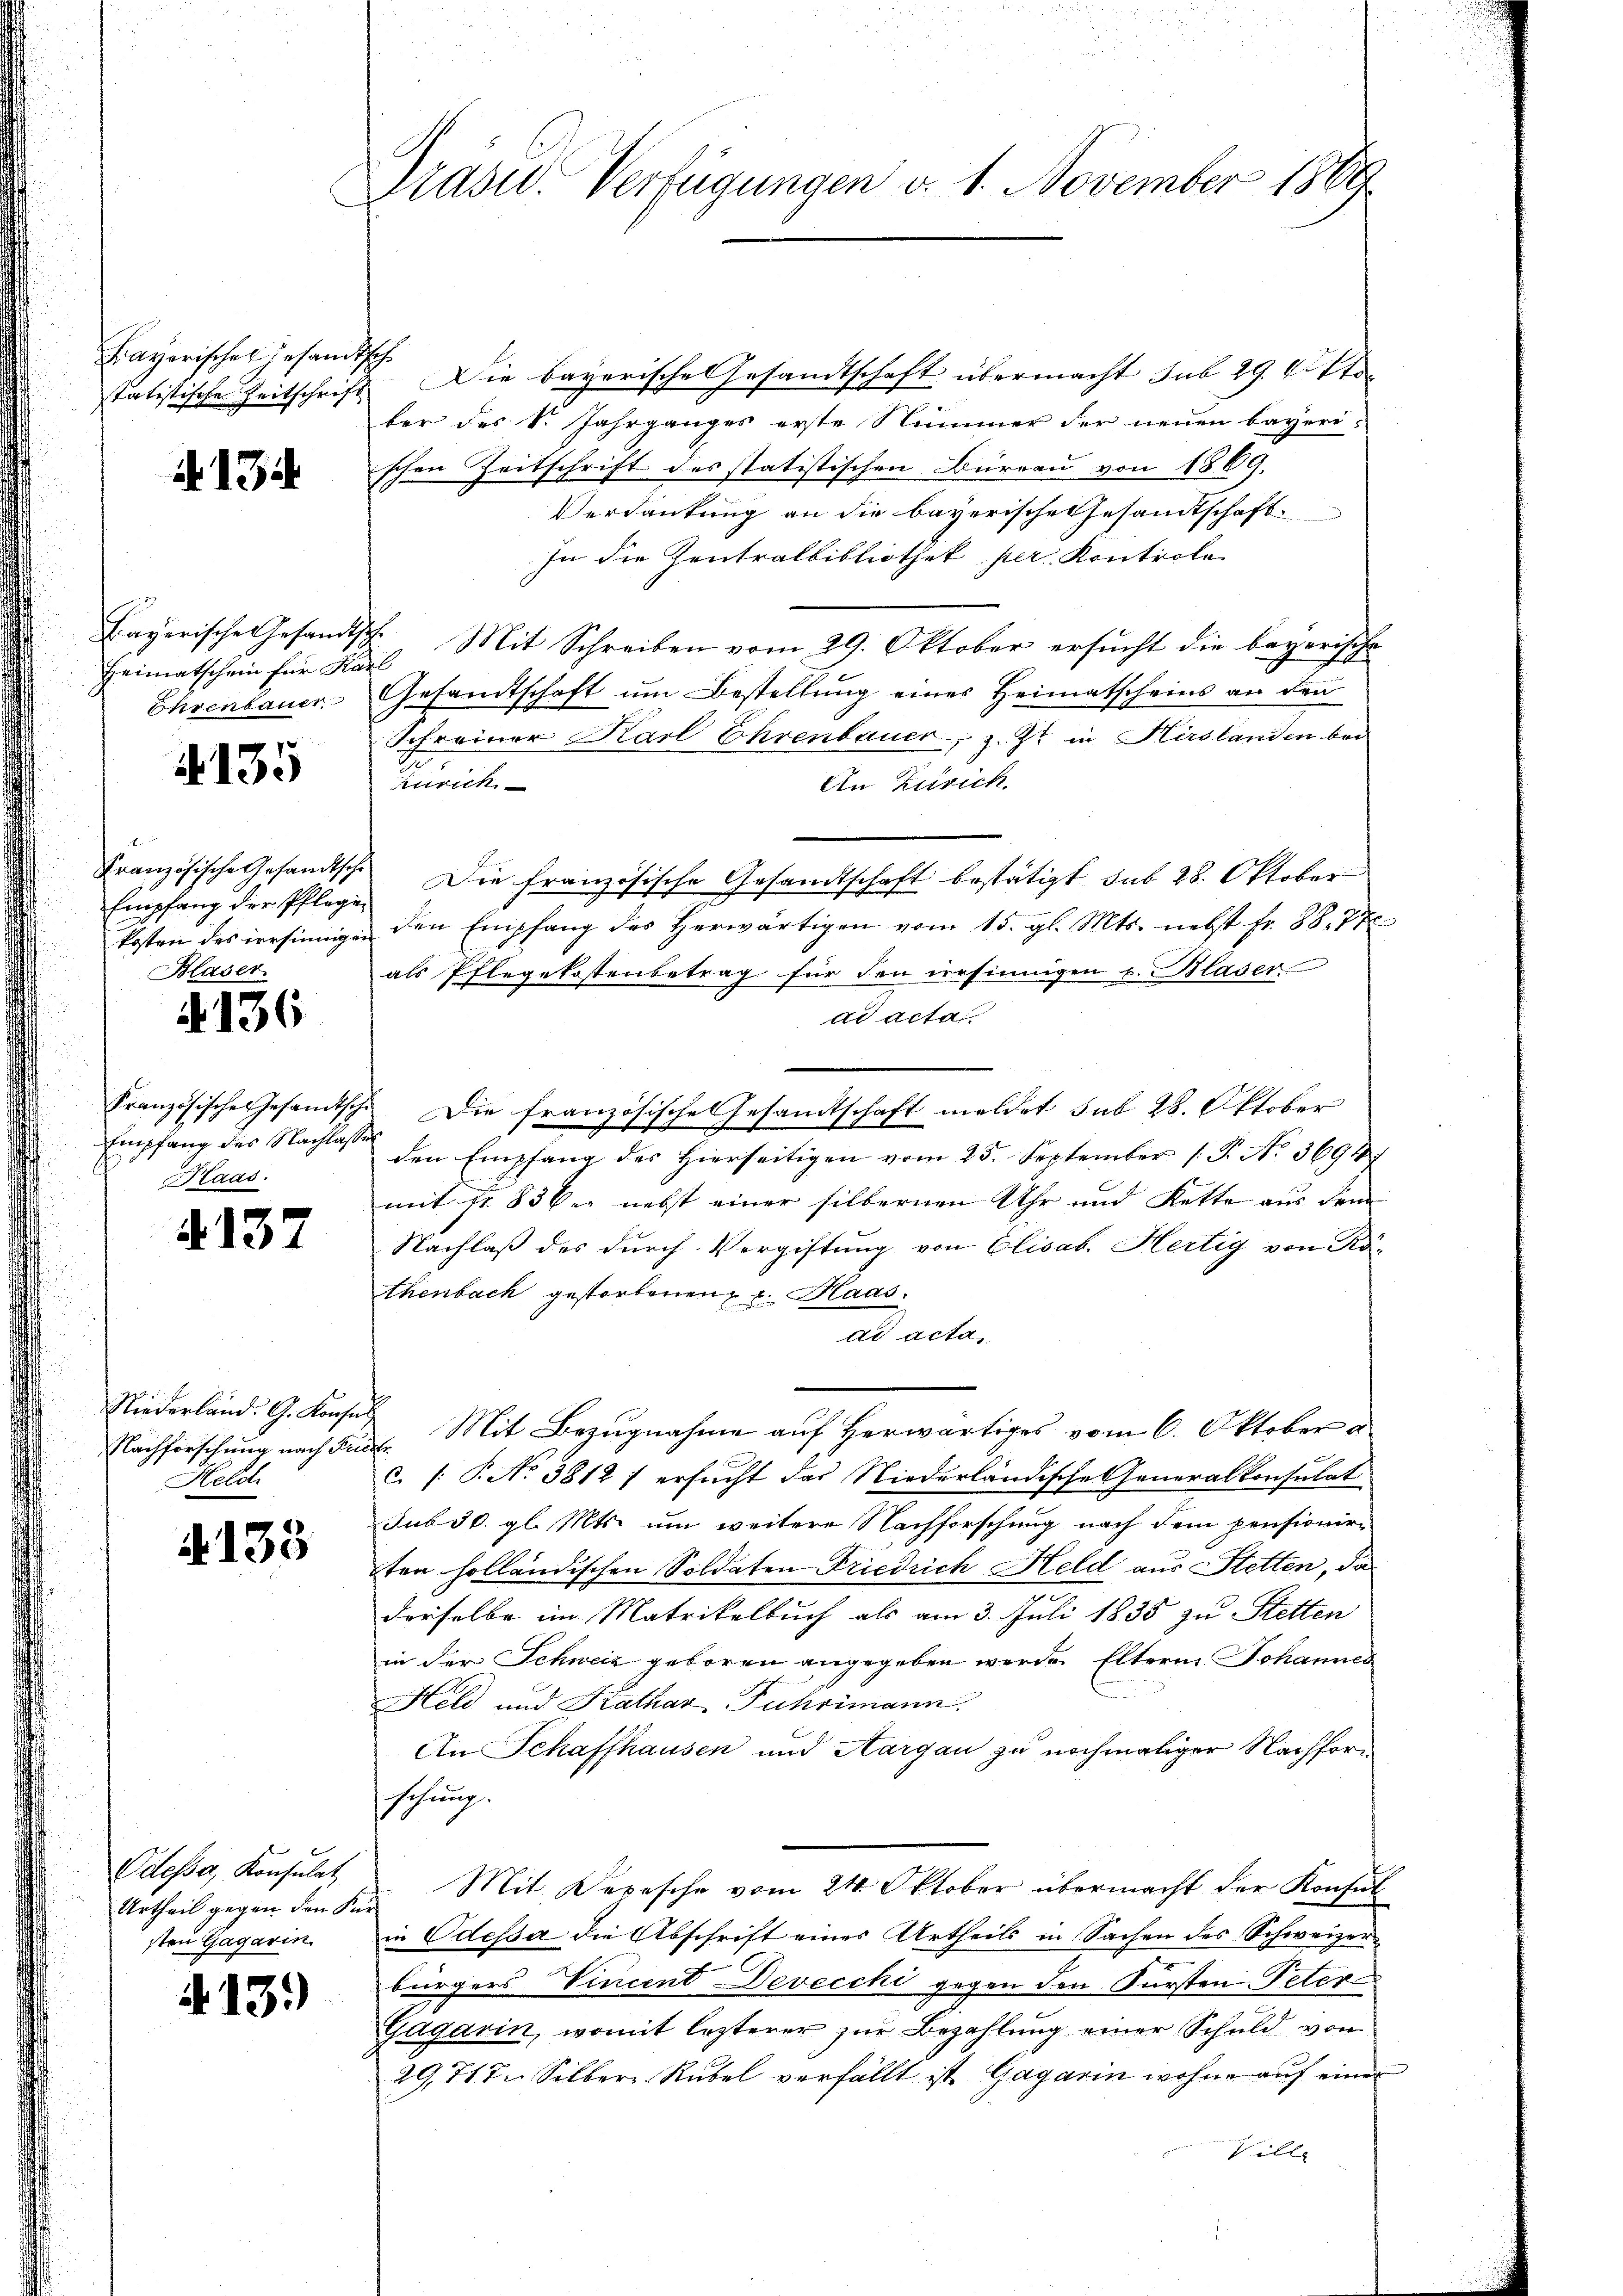
Bayerisches Gesandtsch
statistische Zeitschrift

134

Heimatschein für Karl
Ehrenbauer

7
413.

Französische Gesandtsche
Blaser

136

Empfang des Nachlassen
Kaas.

4137

Nachforschung nach Fr
Helch

A133

Odessa, Konsulat
Urtheil gegen den Kür
sten Gagarin.

13.)

Präsid. Verfügungen d. 1. November 1889

& Die bayerische Gesandtschaft übermacht sub 29. 6. Sto
ber des Dr. Jahrganges erste Nummer der neuen bayeriischen Zeitschrift des statistischen Büreau von 1869.
Verdankung an die bayerische Gesandtschaft
In die Zentralbibliothek per Kontrole
Bayerische Gesandtsch. Mit Schreiben vom 29. Oktober ersucht die bayerische
Gesandtschaft um Bestellung eines Heimatscheins an den
Schreiner Karl Ehrenbauer, z. Zt. in Hirslanden bei
inrich
An Zürich
Empfang der Pflege. Die französische Gesandtschaft bestätigt sub 28. Oktober
kosten des irrsinnigen den Empfang des herwärtigen vom 15. gl. Mts. nebst fr. 88, 77
als Pflegekostenbetrag für den versinnigen u. Blaser
ad acta
Französische Gesamtsche. Die französische Gesamtschaft meldet sub 28. Oktober
den Empfang des Hierseitigen vom 25. September (T. No. 3694.
mit fr. 83 der nebst einer silbernen Uhr und Kette aus dem
Nachlaß des durch Vergiftung von Elisab. Hertig von Kothenbach gestorbenen u. Haas
ad acta
Niederländ. G. Konses Mit Bezŭgnahme aŭf herwärtiges vom 6. Oktober a
öchte
c. P. No 3812) ersucht das Niederländische Generalkonsulat
sub 30. gl. Mts. um weitere Nachforschung nach dem pensionirten holländischen Soldaten Friedrich Held aus Stetten, da
derselbe im Matrikelbuch als am 3. Juli 1835 zu Stetten
in der Schweiz geboren angegeben werde Eltern Johannes
Held und Kathar Fuhrimann.
An Schaffhausen und Aargau zu nochmaliger Nachforschung.
Mit Depesche vom 24. Oktober übermacht der Konsul
in Odessa die Abschrift eines Urtheils in Sachen des Schweizerbürgers Vincent Devecchi gegen den Fürsten Peter
Gagarin, womit lezterer zur Bezahlung einer Schuld von
29,717. Silber Rubel verfällt ist Gagarin wohne auf einer
ille